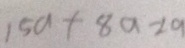
1 5 a + 8 a - 2 a